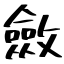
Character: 斂